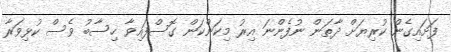
ފަށައިގެން ކުރިޔަށް ދާތަން ނުފެންނަ އިރު މިކަންކަން ގޮސްފައިވާ ހިސާބު ވެސް ކުޅިވަރާ